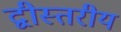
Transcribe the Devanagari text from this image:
द्वीस्तरीय